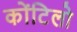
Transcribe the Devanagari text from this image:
कोंटिलो